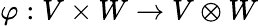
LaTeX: \varphi:V\times W\to V\otimes W